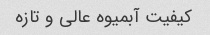
کیفیت آبمیوه عالی و تازه